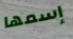
إسمها